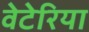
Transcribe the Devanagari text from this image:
वेटेरिया